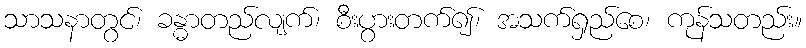
သာသနာတွင်၊ ခန္ဓာတည်လျက်၊ စီးပွားတက်၍၊ အသက်ရှည်စေ၊ ကုန်သတည်း။